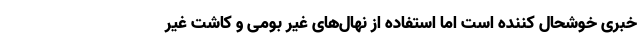
خبری خوشحال کننده است اما استفاده از ‌نهال‌های غیر بومی و کاشت غیر